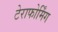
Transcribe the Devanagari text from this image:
टेराफोर्मिंग